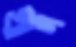
খাদ